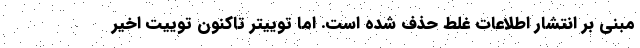
مبنی بر انتشار اطلاعات غلط حذف شده است. اما توییتر تاکنون توییت اخیر